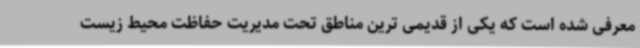
معرفی شده است که یکی از قدیمی ترین مناطق تحت مدیریت حفاظت محیط زیست